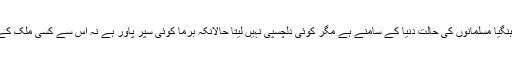
میانمار برما کے روہنگیا مسلمانوں کی حالت دنیا کے سامنے ہے مگر کوئی دلچسپی نہیں لیتا حالانکہ برما کوئی سپر پاور ہے نہ اس سے کسی ملک کے مفادات وابستہ ہیں ۔